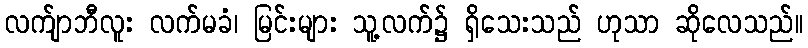
လက်ျာဘီလူး လက်မခံ၊ မြင်းများ သူ့လက်၌ ရှိသေးသည် ဟုသာ ဆိုလေသည်။